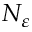
N _ { \varepsilon }